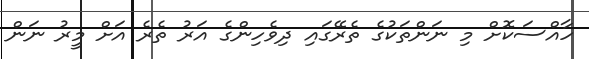
ހާއްސަކޮށް މި ނަންތަކުގެ ތެރޭގައި ދިވެހިންގެ އަރު ތެރެ އަށް މީރު ނަން